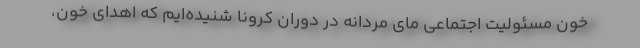
خون مسئولیت اجتماعی مای مردانه در دوران کرونا شنیده‌ایم که اهدای خون،